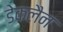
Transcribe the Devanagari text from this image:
डेकलैन